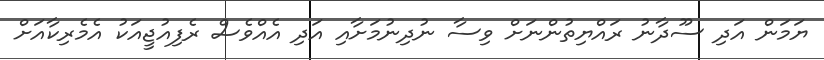
ޔަމަން އަދި ސޫދާނު ރައްޔިތުންނަށް ވިސާ ނުދިނުމަށާއި އަދި އެއްވެސް ރެފިއުޖީއަކު އެމެރިކާއަށް